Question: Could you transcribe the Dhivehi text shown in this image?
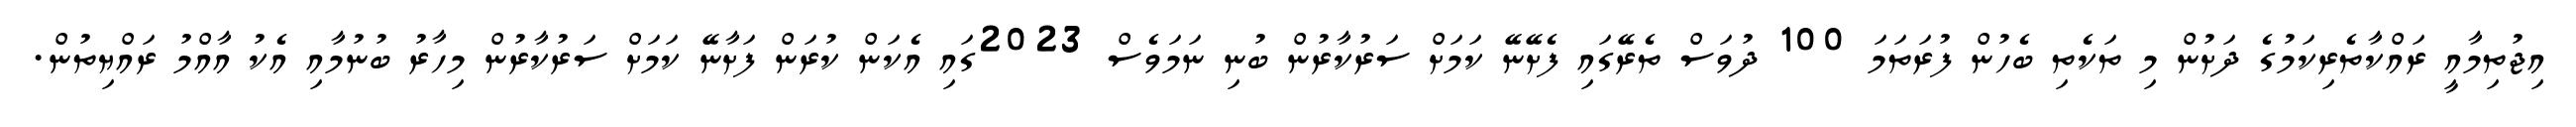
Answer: އިޖުތިމާއީ ރައްކާތެރިކަމުގެ ދަށުން މި ތަކެތި ބެހުން ފުރަތަމަ 100 ދުވަސް ތެރޭގައި ފެށޭނޭ ކަމަށް ސަރުކާރުން ބުނި ނަމަވެސް 2023ގައި އެކަން ކުރަން ފަށާނޭ ކަމަށް ސަރުކާރުން މިހާރު ބުނުމާއި އެކު އާއްމު ރައްޔިތުން.